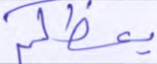
يعظكم